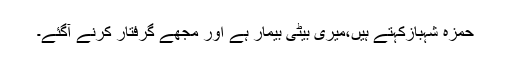
حمزہ شہبازکہتے ہیں،میری بیٹی بیمار ہے اور مجھے گرفتار کرنے آگئے۔